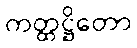
ကတ္ထဋ္ဌိတော